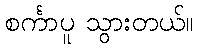
စင်္ကာပူ သွားတယ်။